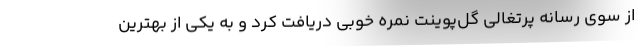
از سوی رسانه پرتغالی گل‌پوینت نمره خوبی دریافت کرد و به یکی از بهترین